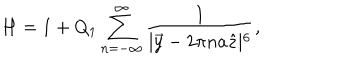
LaTeX: H = 1 + Q _ { 1 } \sum _ { n = - \infty } ^ { \infty } \frac { 1 } { \mid \vec { y } - 2 \pi n a \hat { z } \mid ^ { 6 } } ,